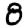
Digit: 8